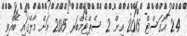
24 އޯގަސްޓް 2015 އިން 2 ސެޕްޓެމްބަރ 2015 އަށް މާލޭގައި ބޭއްވި